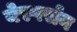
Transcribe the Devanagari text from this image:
येस्पर्सन